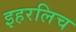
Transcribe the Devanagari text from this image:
इहरलिच